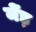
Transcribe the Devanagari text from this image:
मेंड्